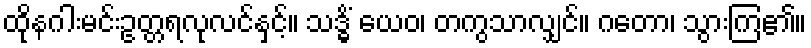
ထိုနဂါးမင်းဥတ္တရလုလင်နှင့်။ သဒ္ဓိံ ယေဝ၊ တကွသာလျှင်။ ဂတော၊ သွားကြ၏။